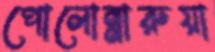
পোলোন্নারুয়া